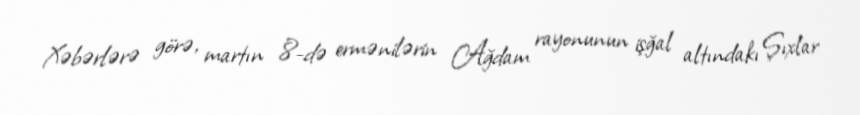
Xəbərlərə görə, martın 8-də ermənilərin Ağdam rayonunun işğal altındakı Şıxlar